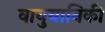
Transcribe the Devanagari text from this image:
वायुयानिकी